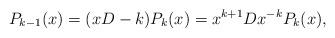
LaTeX: \begin{align*}P_{k-1}(x) = (xD-k)P_k(x) = x^{k+1}Dx^{-k}P_k(x),\end{align*}